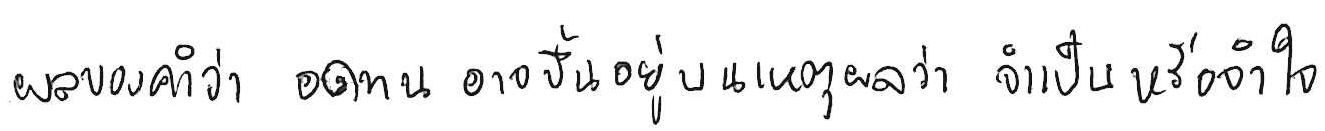
ผลของคำว่า อดทน อาจขึ้นอยู่บนเหตุผลว่า จำเป็น หรือ จำใจ